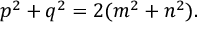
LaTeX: p ^ { 2 } + q ^ { 2 } = 2 ( m ^ { 2 } + n ^ { 2 } ) .